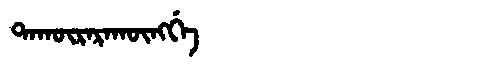
Manchu: ᡨᠠᡴᡡᡵᠠᡵᠠᡴᡡᠩᡤᡝ
Romanization: TAKŪRARAKŪNGGE